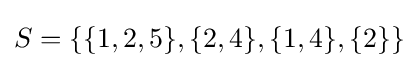
S=\{\{1,2,5\},\{2,4\},\{1,4\},\{2\}\}